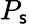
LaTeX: P_{\mathsf{s}}